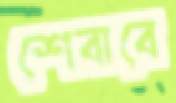
শেবাবে